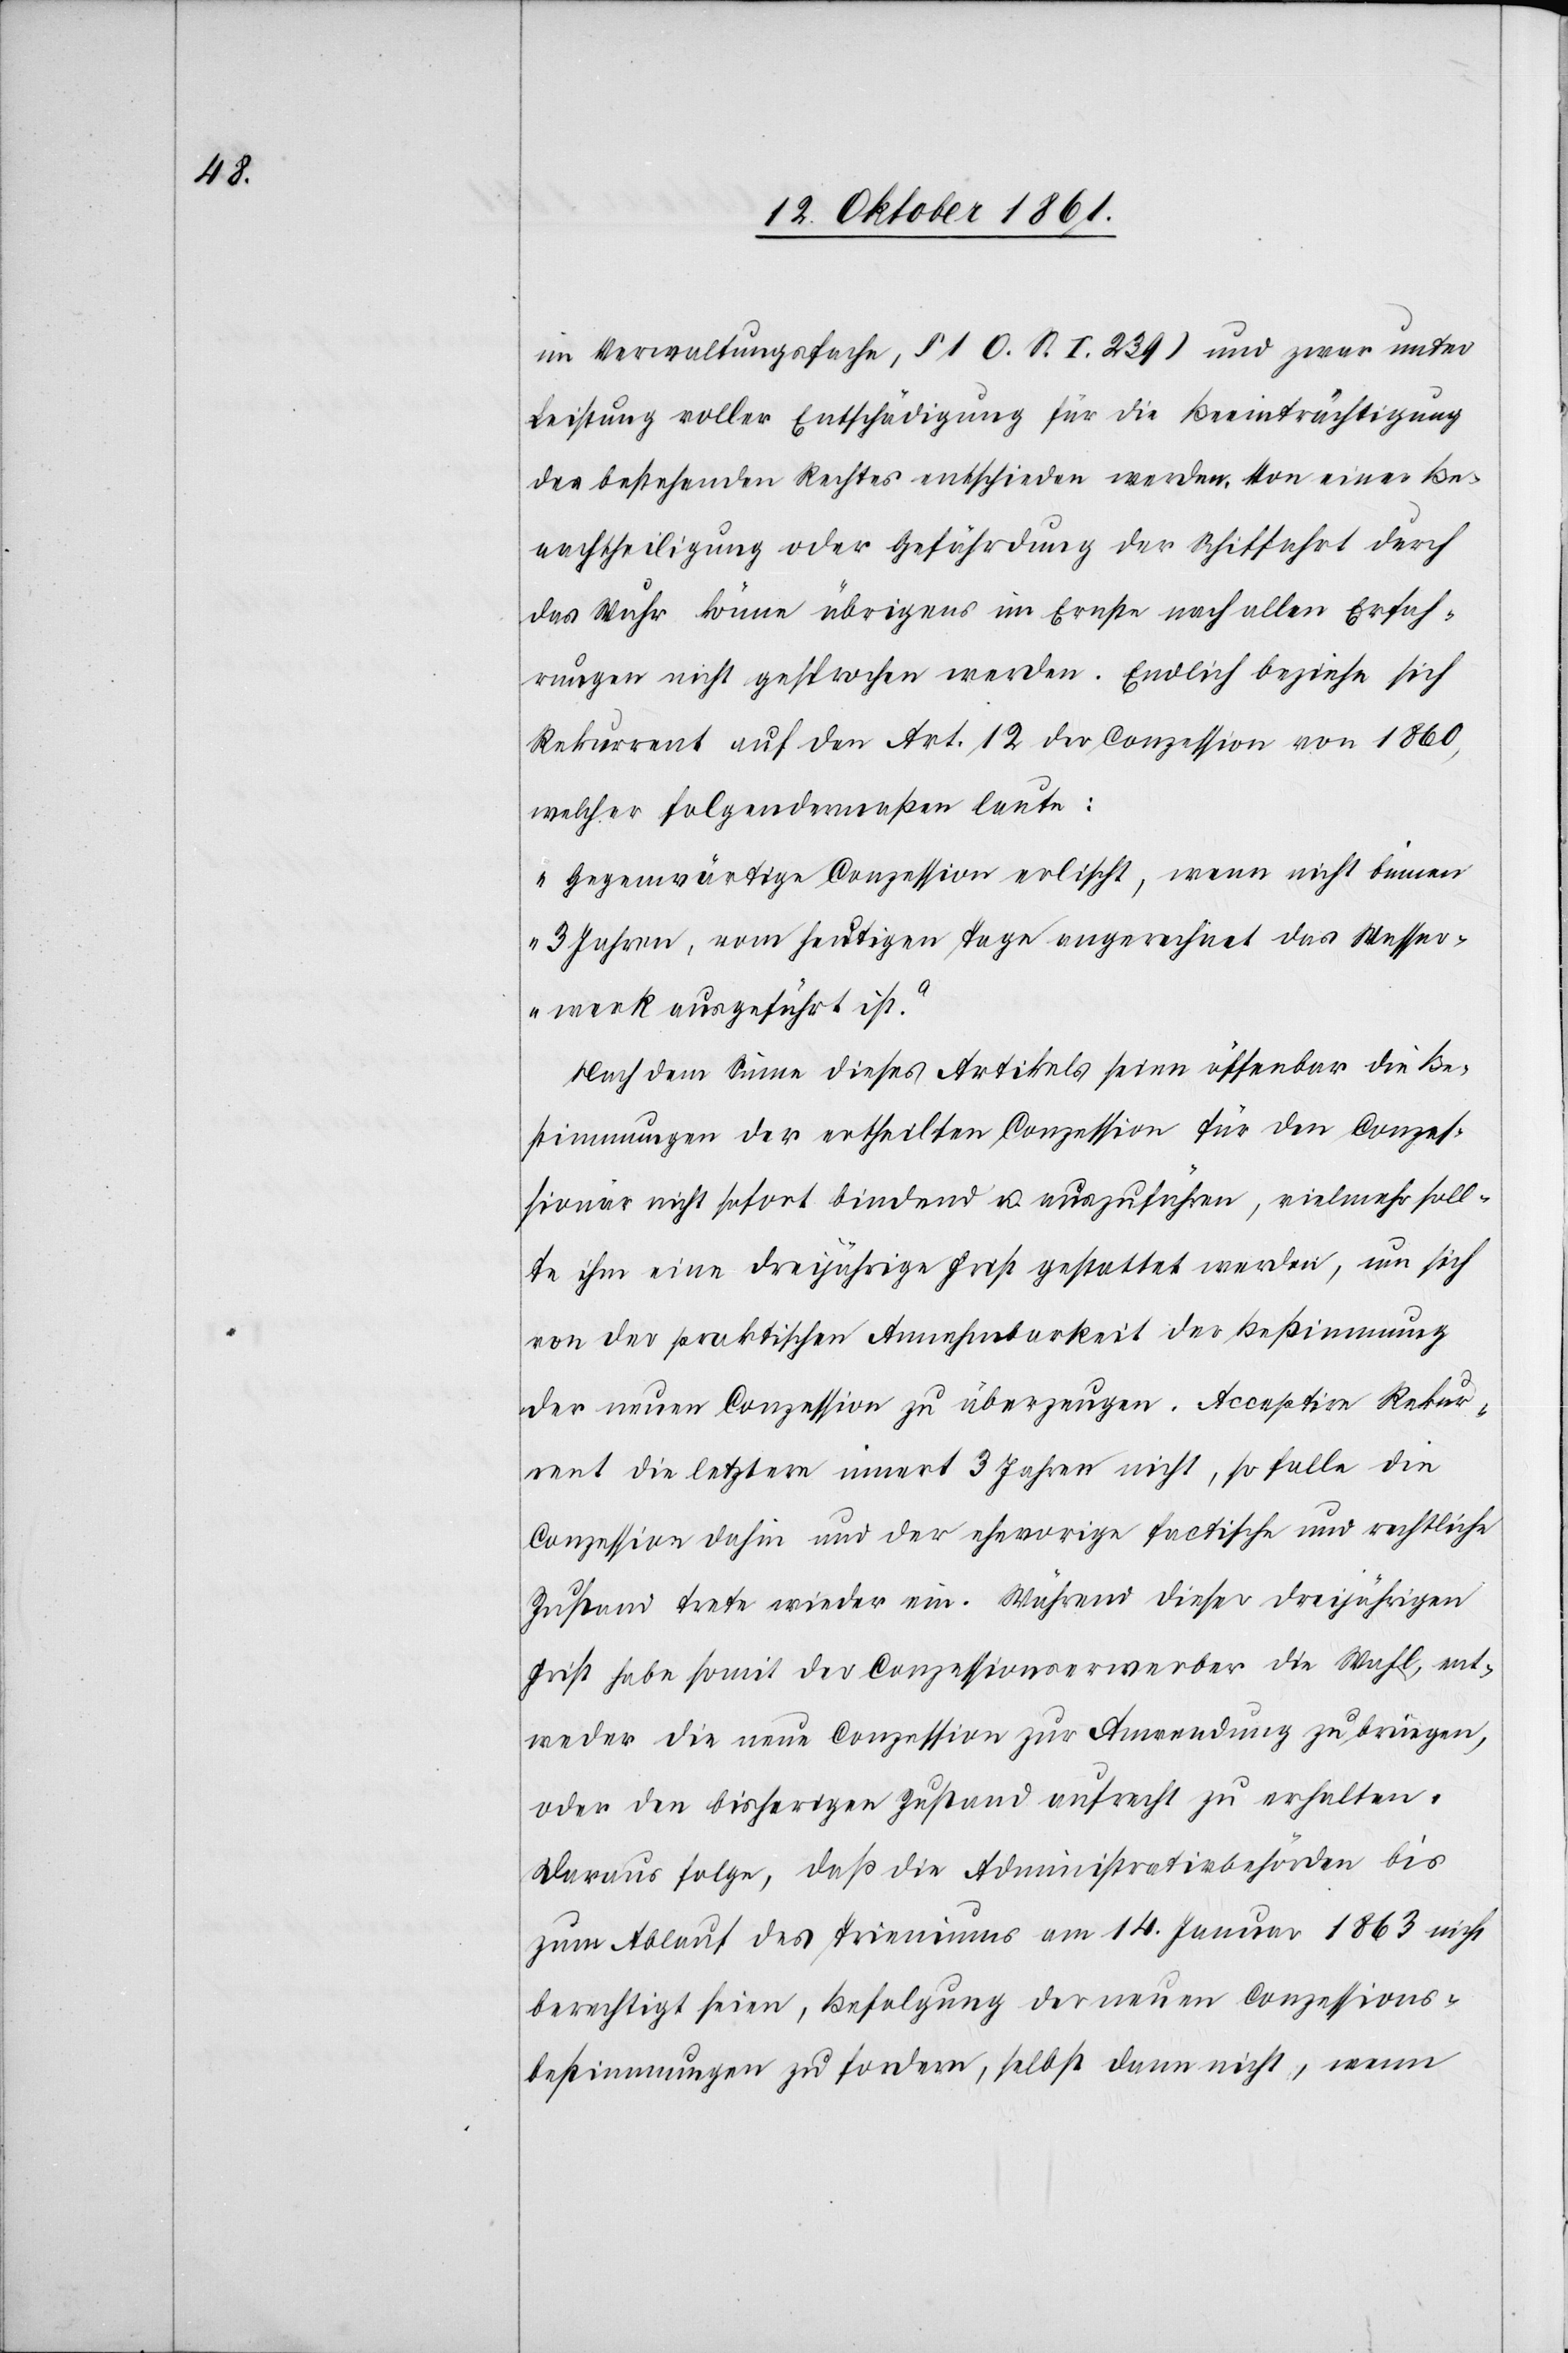
im Verwaltungsfache, § 1 O. S. I. 239) und zwar unter
Leistung voller Entschädigung für die Beeinträchtigung
des bestehenden Rechtes entschieden werden. Von einer Be¬
nachtheiligung oder Gefährdung der Schiffahrt durch
das Wuhr könne übrigens im Ernste nach allen Erfah¬
rungen nicht gesprochen werden. Endlich beziehe sich
Rekurrent auf den Art. 12 der Conzession von 1860,
welcher folgendermaßen laute:
„Gegenwärtige Conzession erlischt, wenn nicht binnen
3 Jahren, vom heutigen Tage angerechnet das Wasser¬
werk ausgeführt ist.“
Nach dem Sinne dieses Artikels seien offenbar die Bes¬
timmungen der ertheilten Conzession für den Conzes¬
sionär nicht sofort bindend u. auszuführen, vielmehr soll¬
te ihm eine dreijährige Frist gestattet werden, um sich
von der praktischen Annehmbarkeit der Bestimmung
der neuen Conzession zu überzeugen. Acceptire Rekur¬
rent die letztere innert 3 Jahren nicht, so falle die
Conzession dahin und der ehevorige factische und rechtliche
Zustand trete wieder ein. Während dieser dreijährigen
Frist habe somit der Conzessionserwerber die Wahl ent¬
weder die neue Conzession zur Anwendung zu bringen,
oder den bisherigen Zustand aufrecht zu erhalten.
Daraus folge, daß die Administrativbehörden bis
zum Ablauf des Trieniums am 14 Januar 1863 nicht
berechtigt seien, Befolgung der neuen Conzessions¬
bestimmungen zu fordern, selbst dann nicht, wenn